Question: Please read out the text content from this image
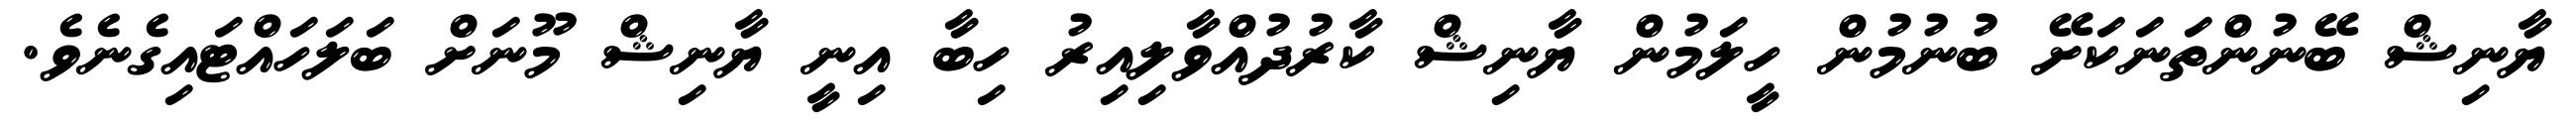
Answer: ޔާނިޝް ބޭނުންތަނަކަށޭ ބުނުމުން ހީލަމުން ޔާނިޝް ކާރުދުއްވާލިއިރު ހިބާ އިނީ ޔާނިޝް މޫނަށް ބަލަހައްޓައިގެނެވެ.